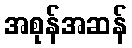
အစုန်အဆန်